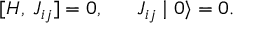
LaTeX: [ H , \; J _ { i j } ] = 0 , \; \; \; \; \; \; J _ { i j } \mid 0 \rangle = 0 .